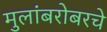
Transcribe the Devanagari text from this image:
मुलांबरोबरचे